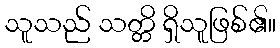
သူသည် သတ္တိ ရှိသူဖြစ်၏။